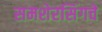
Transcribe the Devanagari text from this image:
समशेरसिंगचे